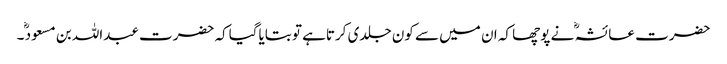
حضرت عائشہ ؓ نے پوچھا کہ ان میں سے کون جلدی کرتاہے تو بتایاگیاکہ حضرت عبداللہ بن مسعود ؓ۔